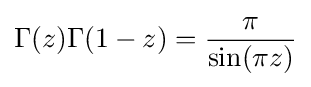
\Gamma (z)\Gamma (1-z)={\frac {\pi }{\sin(\pi z)}}